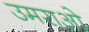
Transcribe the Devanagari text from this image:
उमराओ